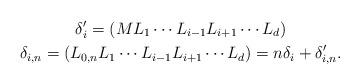
LaTeX: \begin{gather*}\delta_{i}'=(ML_1\cdots L_{i-1}L_{i+1}\cdots L_d)\\\delta_{i,n}=(L_{0,n}L_1\cdots L_{i-1}L_{i+1}\cdots L_d)=n\delta_i+\delta_{i,n}'.\end{gather*}